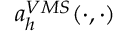
a _ { h } ^ { V M S } ( \cdot , \cdot )